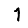
Digit: 1